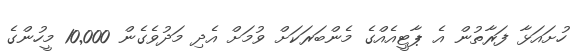
ހުށައަޅާ ފަރާތުން އެ ޕާޓީއެއްގެ މެންބަރަކަށް ވުމަށް އެދި މަދުވެގެން 10